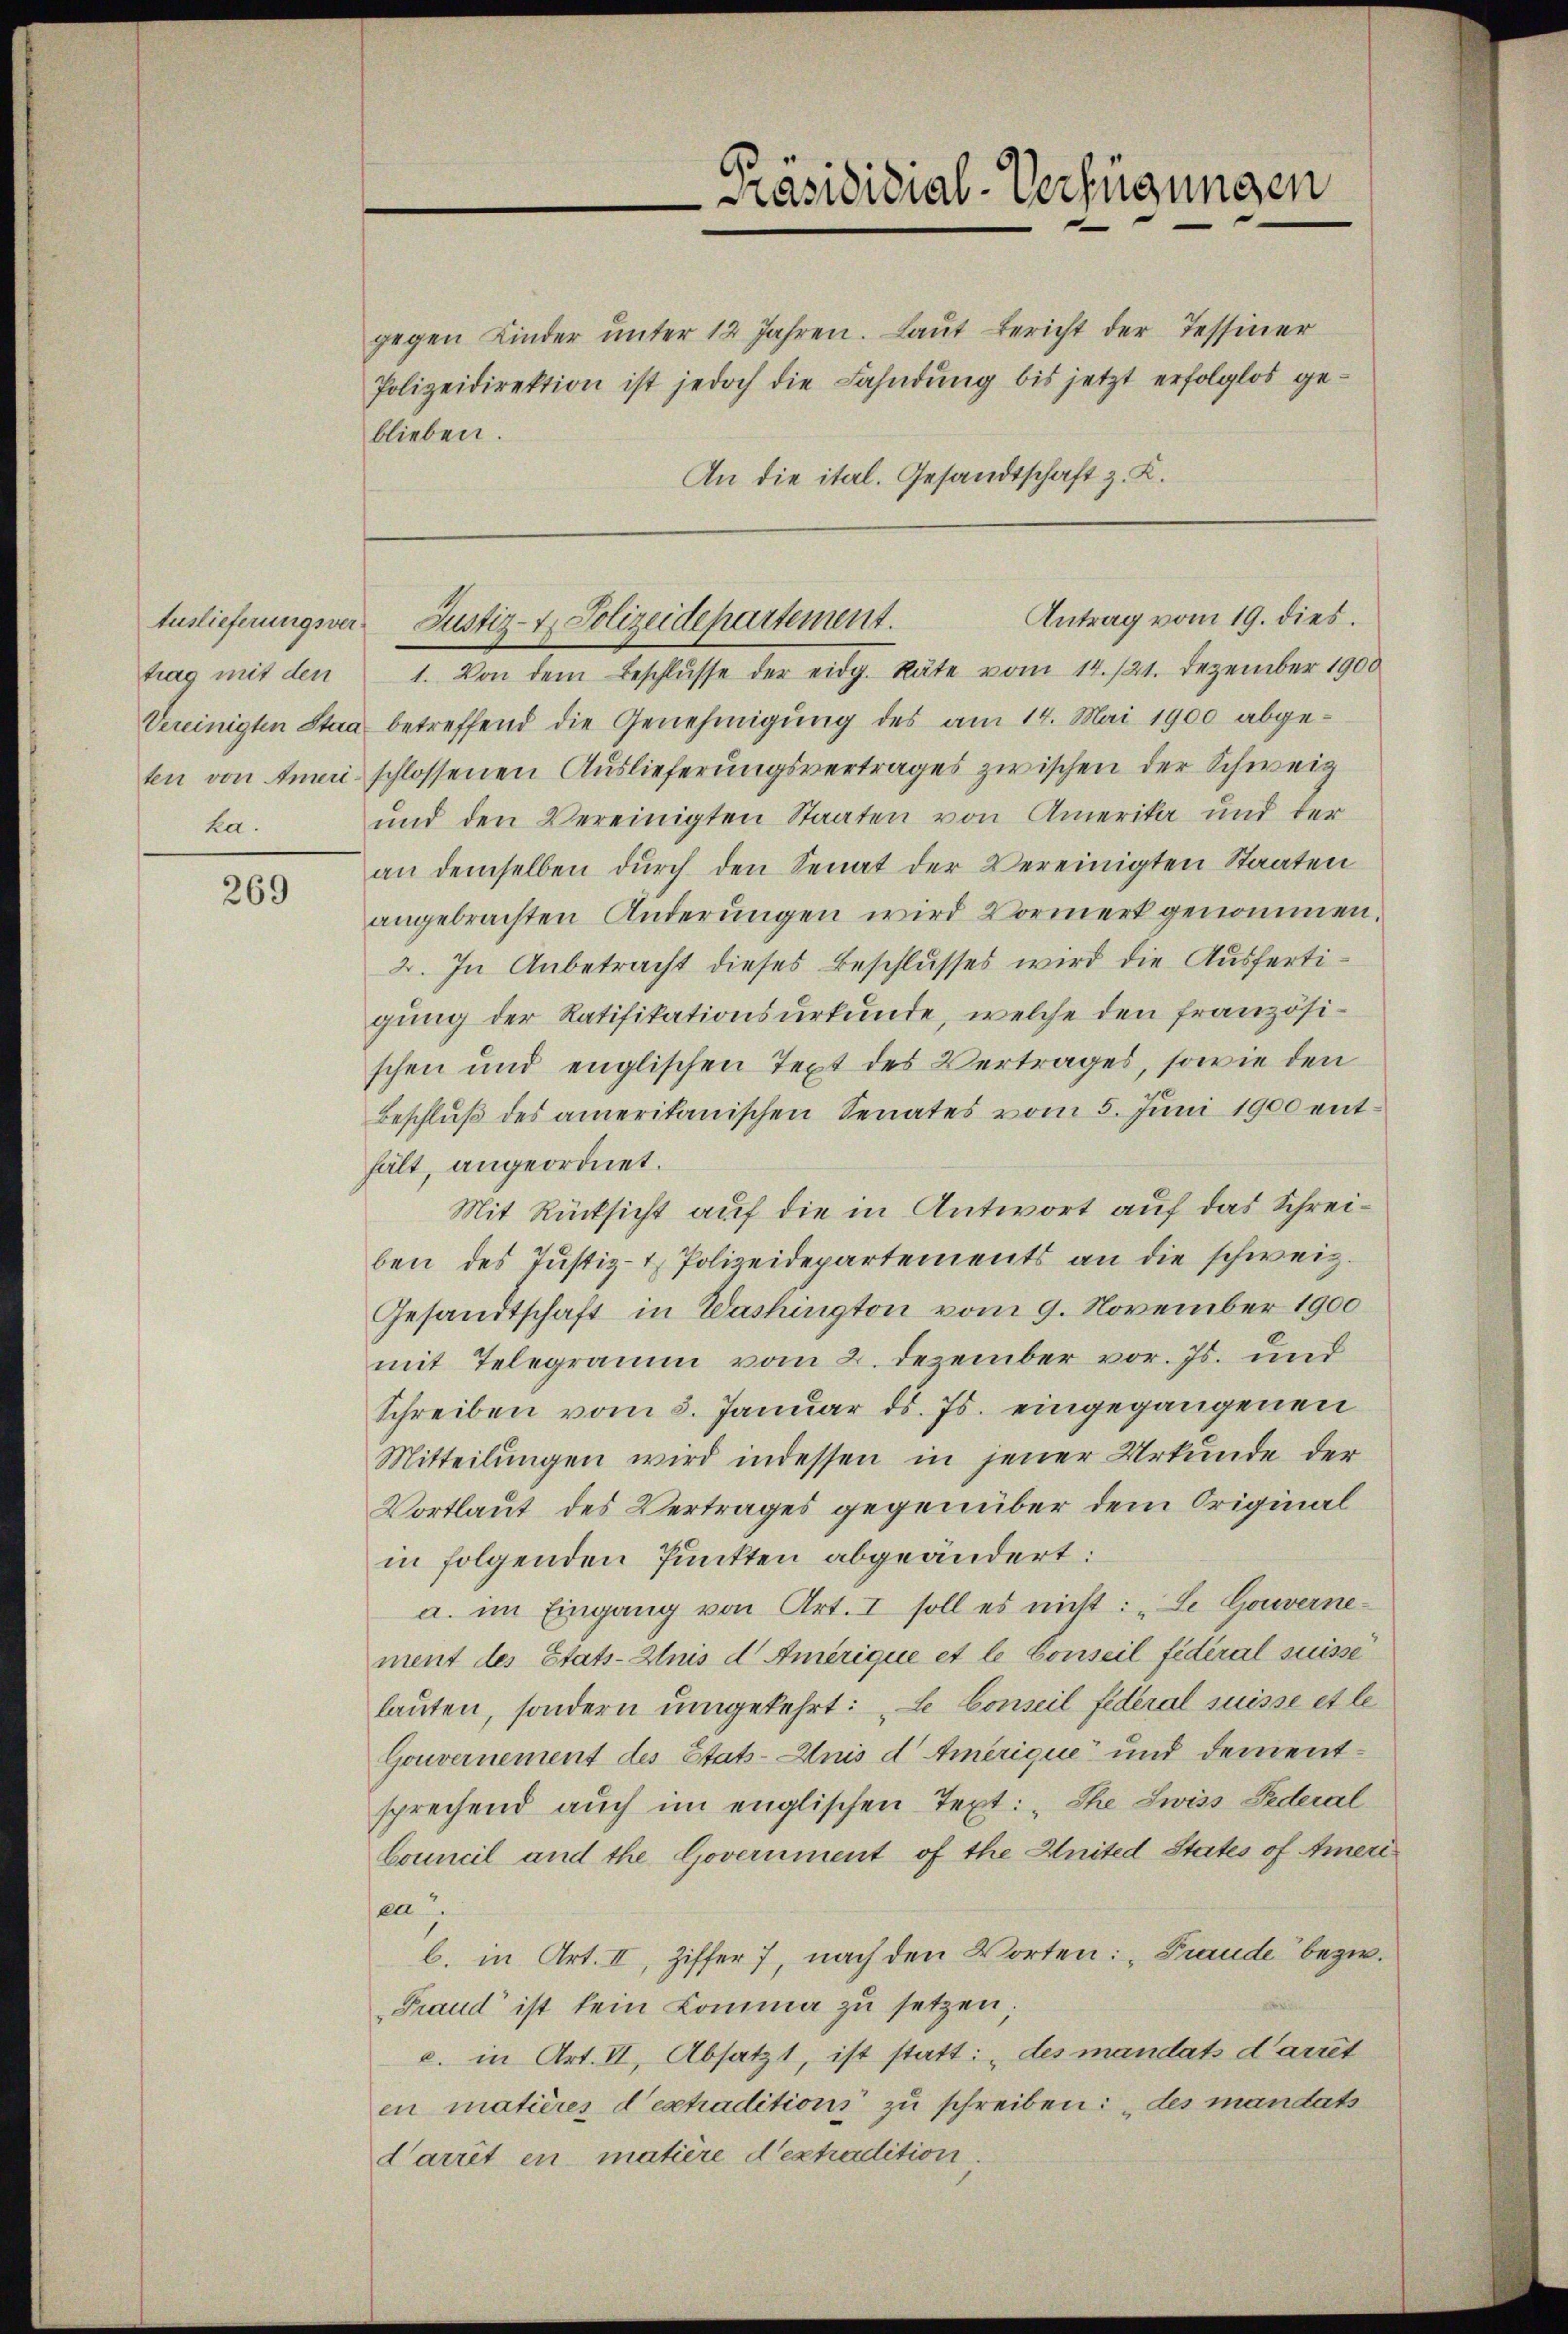
Auslieferungsverka.

269

Präsididial-Verfügungen

gegen Kinder ŭnter 12 Jahren. Laŭt Bericht der Tessiner
Polizeidirektion ist jedoch die Fahndung bis jetzt erfolglos geblieben.
An die ital. Gesandtschaft z. K.

Antrag vom 19. dies.
Justiz- & Polizeidepartement.

trag mit den 1. Von dem Beschlŭsse der eidg. Räte vom 14./21. Dezember 1900
Vereinigten Staa betreffend die Genehmigung des am 14. Mai 1900 abge-
ten von tueri schlossenen Auslieferungsvertrages zwischen der Schweiz
und den Vereinigten Staaten von Amerika und der
an demselben durch den Senat der Vereinigten Staaten
angebrachten Anderungen wird Vormerk genommen.
2. In Anbetracht dieses Beschlusses wird die Ausfertigung der Ratifikationsurkunde, welche den französischen und englischen Text des Vertrages, sowie den
Beschluß des amerikanischen Senates vom 5. Juni 1900 enthält, angeordnet.
Mit Rücksicht auf die in Antwort auf das Schreiben des Justiz- & Polizeidepartements an die schweiz.
Gesandtschaft in Washington vom 9. November 1900
mit Telegramm vom 2. Dezember vor. Js. und
Schreiben vom 3. Januar d. Js. eingegangenen
Mitteilungen wird indessen in jener Urkunde der
Wortlaut des Vertrages gegenüber dem Originalin folgenden Punkten abgeändert:
a. im Eingang von Art. I soll es nicht: „Se Gouverne-
ment des Etats-Anis d Amerique et le Conseil fédéral suisse
lauten, sondern umgekehrt: „Le Conseil federal suisse et le
Gouvernement des Etats-Anis d Amerique“ und dementsprechend auch im englischen Text: „The Zwiss Federal
boueil und the Government of the Hnited States of Ameriea
b. in Art. II, Ziffer 7, nach den Worten: „Fraude bezw.
Fraud ist kein Komma zu setzen;
c. in Art. II, Absatzt, ist statt: „des mandats d’arret
en matières d’extraditions zu schreiben: „des mandats
Carrit en matière d’extradition,